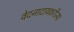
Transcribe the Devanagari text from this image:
वेदनादायकरीत्या